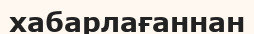
хабарлағаннан